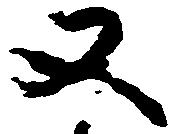
又